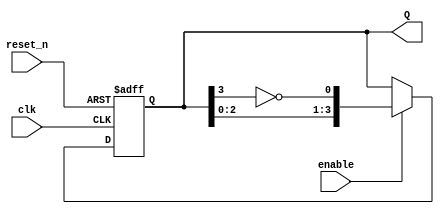
module johnson_counter (
    input wire clk,        // Clock input
    input wire reset_n,    // Active-low asynchronous reset
    input wire enable,     // Enable signal to control counting
    output reg [3:0] Q     // 4-bit output of the counter
);

    // On reset, initialize counter to 0000
    always @(posedge clk or negedge reset_n) begin
        if (!reset_n) begin
            Q <= 4'b0000;
        end else if (enable) begin
            Q <= {Q[2:0], ~Q[3]};  // Shift left and feedback the inverted last bit
        end
    end

endmodule